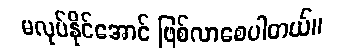
မလုပ်နိုင်အောင် ဖြစ်လာစေပါတယ်။